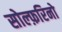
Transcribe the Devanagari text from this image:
सोल्फ़रिनो